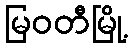
မြဝတီမြို့